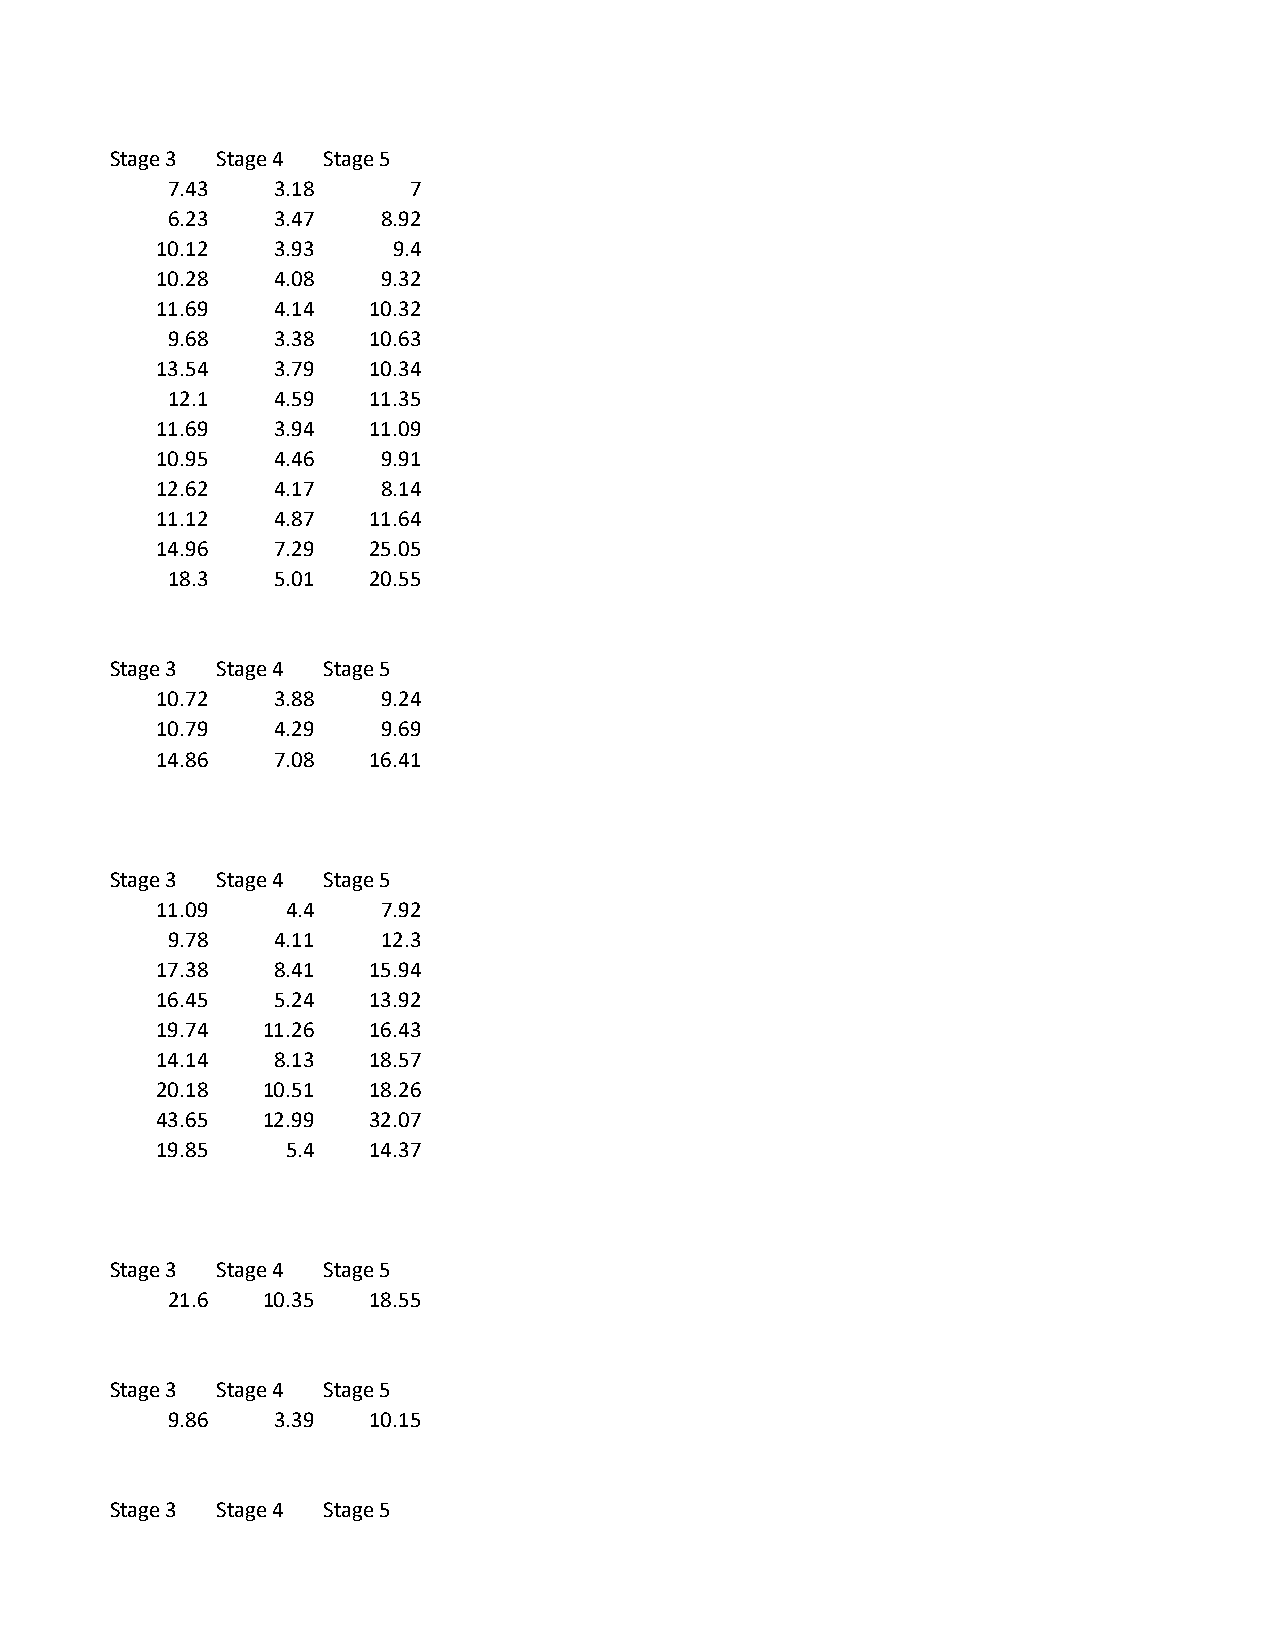
Stage 3 Stage 4 Stage 5
 7.43   3.18     7
 6.23   3.47   8.92
 10.12   3.93    9.4
 10.28   4.08   9.32
 11.69   4.14  10.32
 9.68   3.38  10.63
 13.54   3.79  10.34
 12.1   4.59  11.35
 11.69   3.94  11.09
 10.95   4.46   9.91
 12.62   4.17   8.14
 11.12   4.87  11.64
 14.96   7.29  25.05
 18.3   5.01  20.55
 Stage 3 Stage 4 Stage 5
 10.72   3.88   9.24
 10.79   4.29   9.69
 14.86   7.08  16.41
 Stage 3 Stage 4 Stage 5
 11.09    4.4   7.92
 9.78   4.11   12.3
 17.38   8.41  15.94
 16.45   5.24  13.92
 19.74  11.26  16.43
 14.14   8.13  18.57
 20.18  10.51  18.26
 43.65  12.99  32.07
 19.85    5.4  14.37
 Stage 3 Stage 4 Stage 5
 21.6  10.35  18.55
 Stage 3 Stage 4 Stage 5
 9.86   3.39  10.15
 Stage 3 Stage 4 Stage 5